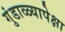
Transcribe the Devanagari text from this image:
गुंडाळ्यापेक्षा